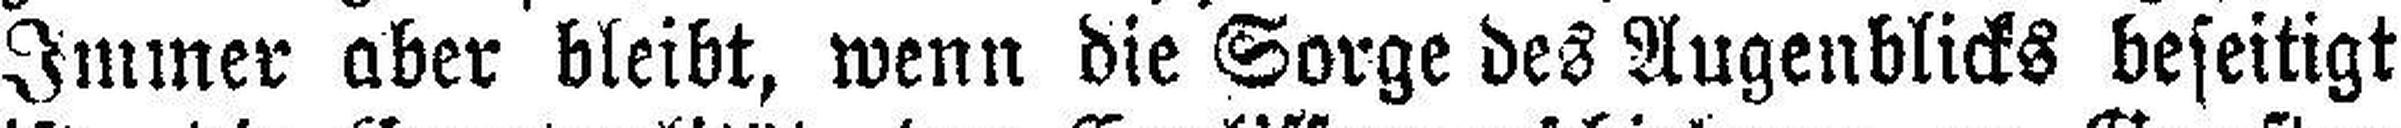
Immer aber bleibt, wenn die Sorge des Augenblicks beseitigt